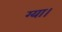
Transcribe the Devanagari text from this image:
ग्या।